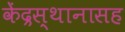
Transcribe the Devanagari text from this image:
केंद्रस्थानासह